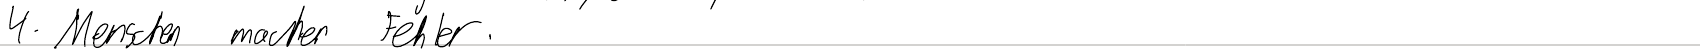
4. Menschen machen Fehler.